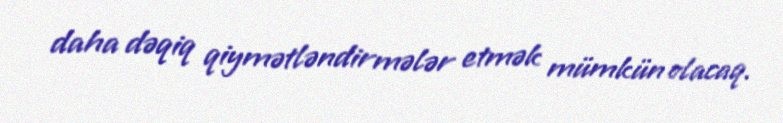
daha dəqiq qiymətləndirmələr etmək mümkün olacaq.